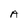
Character: A